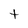
Character: t